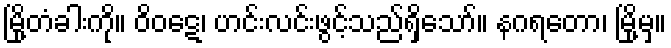
မြို့တံခါးကို။ ဝိဝဋေ၊ ဟင်းလင်းဖွင့်သည်ရှိသော်။ နဂရတော၊ မြို့မှ။